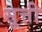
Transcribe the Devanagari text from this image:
सूत्ती